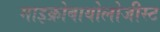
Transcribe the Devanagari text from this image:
माइक्रोबायोलोजीस्ट